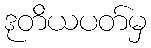
ဒုတိယပတ်မှ